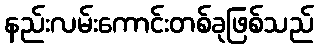
နည်းလမ်းကောင်းတစ်ခုဖြစ်သည်